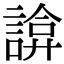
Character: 𧩸